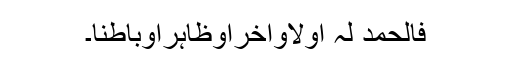
فالحمد لہُ اوّلاًواٰخرًاوظاہرًاوباطناً۔